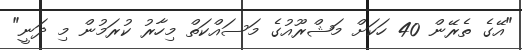
"އޭގެ ތެރޭން 40 ހަކަށް މަޝްރޫއުގެ މަސައްކަތް މިހާރު ކުރަމުން މި ދަނީ"